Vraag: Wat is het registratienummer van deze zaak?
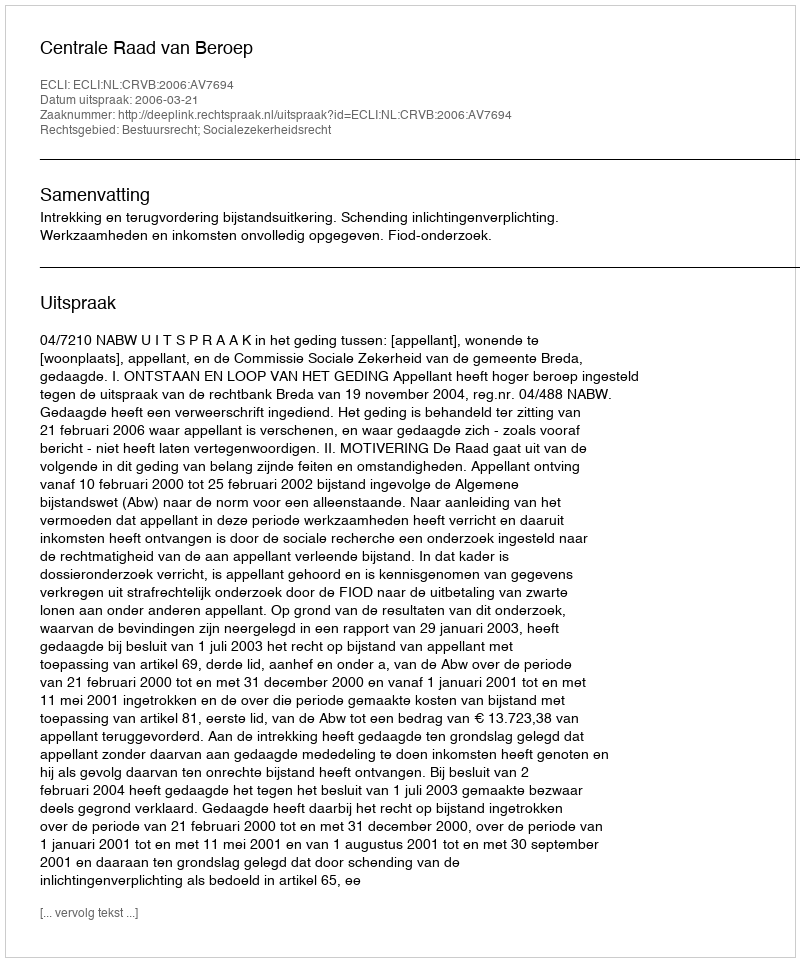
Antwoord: http://deeplink.rechtspraak.nl/uitspraak?id=ECLI:NL:CRVB:2006:AV7694